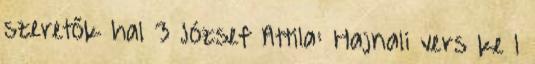
szeretők hal 3 József Attila: Hajnali vers ke 1